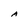
Character: A